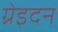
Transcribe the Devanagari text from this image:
ग्रेइदन